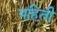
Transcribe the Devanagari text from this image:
पहिती